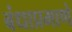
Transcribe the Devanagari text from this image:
बंधाप्रमाणे